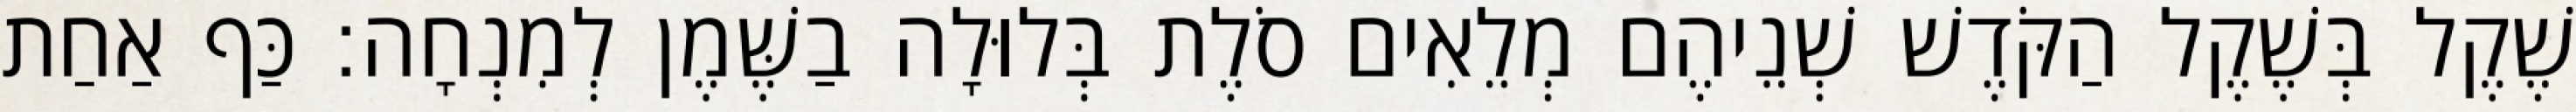
שֶׁקֶל בְּשֶׁקֶל הַקֹּדֶשׁ שְׁנֵיהֶם מְלֵאִים סֹלֶת בְּלוּלָה בַשֶּׁמֶן לְמִנְחָה׃ כַּף אַחַת